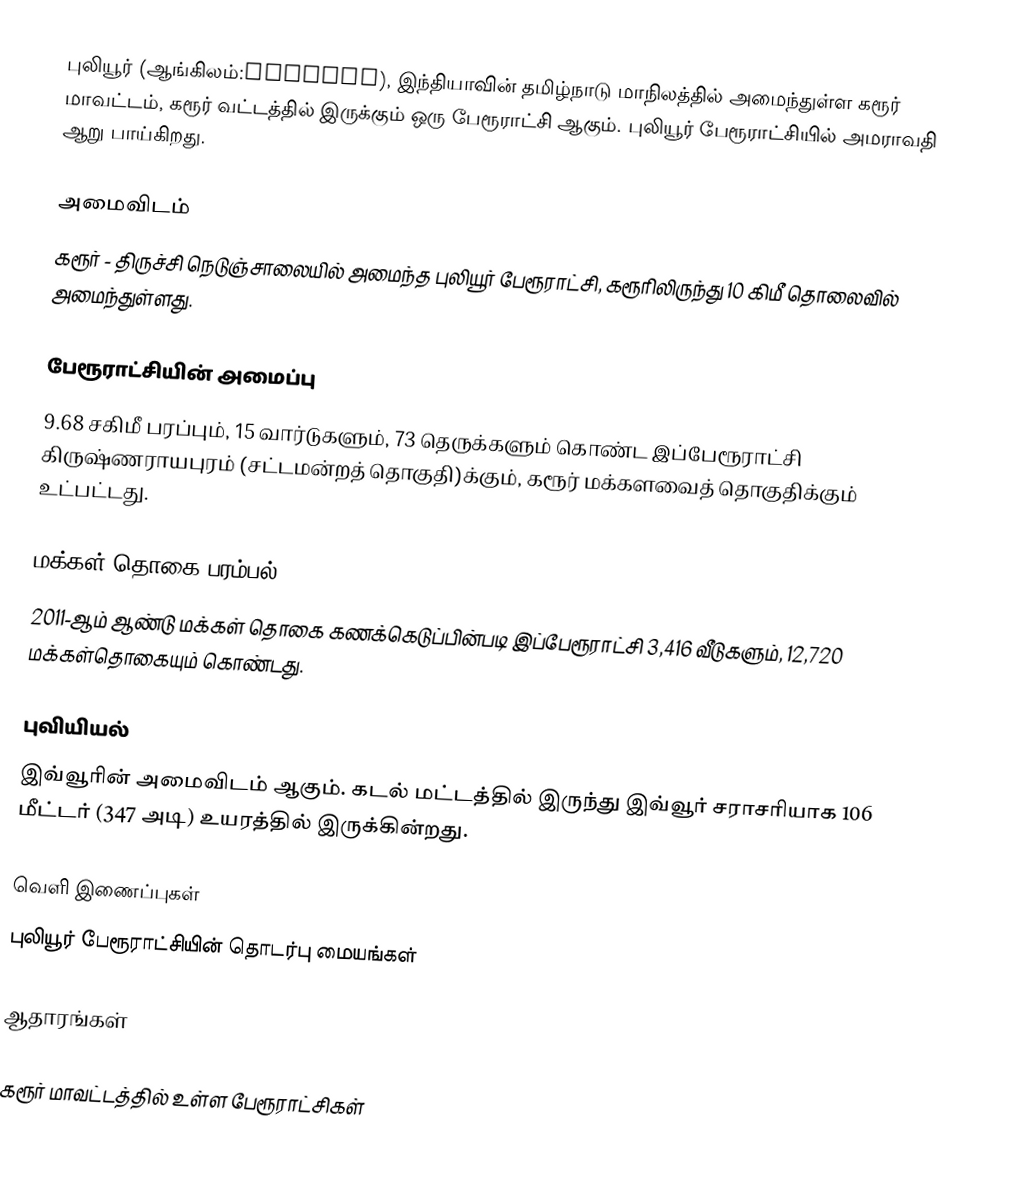
புலியூர் (ஆங்கிலம்:Puliyur), இந்தியாவின் தமிழ்நாடு மாநிலத்தில் அமைந்துள்ள கரூர் மாவட்டம், கரூர் வட்டத்தில் இருக்கும் ஒரு பேரூராட்சி ஆகும். புலியூர் பேரூராட்சியில் அமராவதி ஆறு பாய்கிறது.

அமைவிடம்
கரூர் - திருச்சி நெடுஞ்சாலையில் அமைந்த புலியூர் பேரூராட்சி, கரூரிலிருந்து  10 கிமீ தொலைவில் அமைந்துள்ளது.

பேரூராட்சியின் அமைப்பு
9.68 சகிமீ பரப்பும், 15   வார்டுகளும்,   73 தெருக்களும் கொண்ட இப்பேரூராட்சி  கிருஷ்ணராயபுரம் (சட்டமன்றத் தொகுதி)க்கும், கரூர் மக்களவைத் தொகுதிக்கும் உட்பட்டது.

மக்கள் தொகை பரம்பல்
2011-ஆம் ஆண்டு மக்கள் தொகை கணக்கெடுப்பின்படி  இப்பேரூராட்சி   3,416    வீடுகளும், 12,720 மக்கள்தொகையும் கொண்டது.

புவியியல்
இவ்வூரின் அமைவிடம்  ஆகும். கடல் மட்டத்தில் இருந்து இவ்வூர் சராசரியாக 106 மீட்டர் (347 அடி) உயரத்தில் இருக்கின்றது.

வெளி இணைப்புகள்
  புலியூர் பேரூராட்சியின் தொடர்பு மையங்கள்

ஆதாரங்கள்

கரூர் மாவட்டத்தில் உள்ள பேரூராட்சிகள்